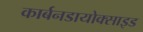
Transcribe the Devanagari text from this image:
कार्बनडायोक्साइड